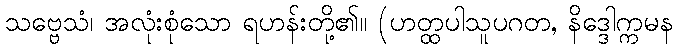
သဗ္ဗေသံ၊ အလုံးစုံသော ရဟန်းတို့၏။ (ဟတ္ထပါသူပဂတ, နိဒ္ဒေါက္ကမန